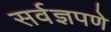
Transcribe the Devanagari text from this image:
सर्वज्ञपणे